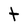
Character: t